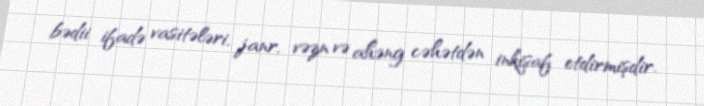
bədii ifadə vasitələri, janr, vəzn və ahəng cəhətdən inkişaf etdirmişdir.